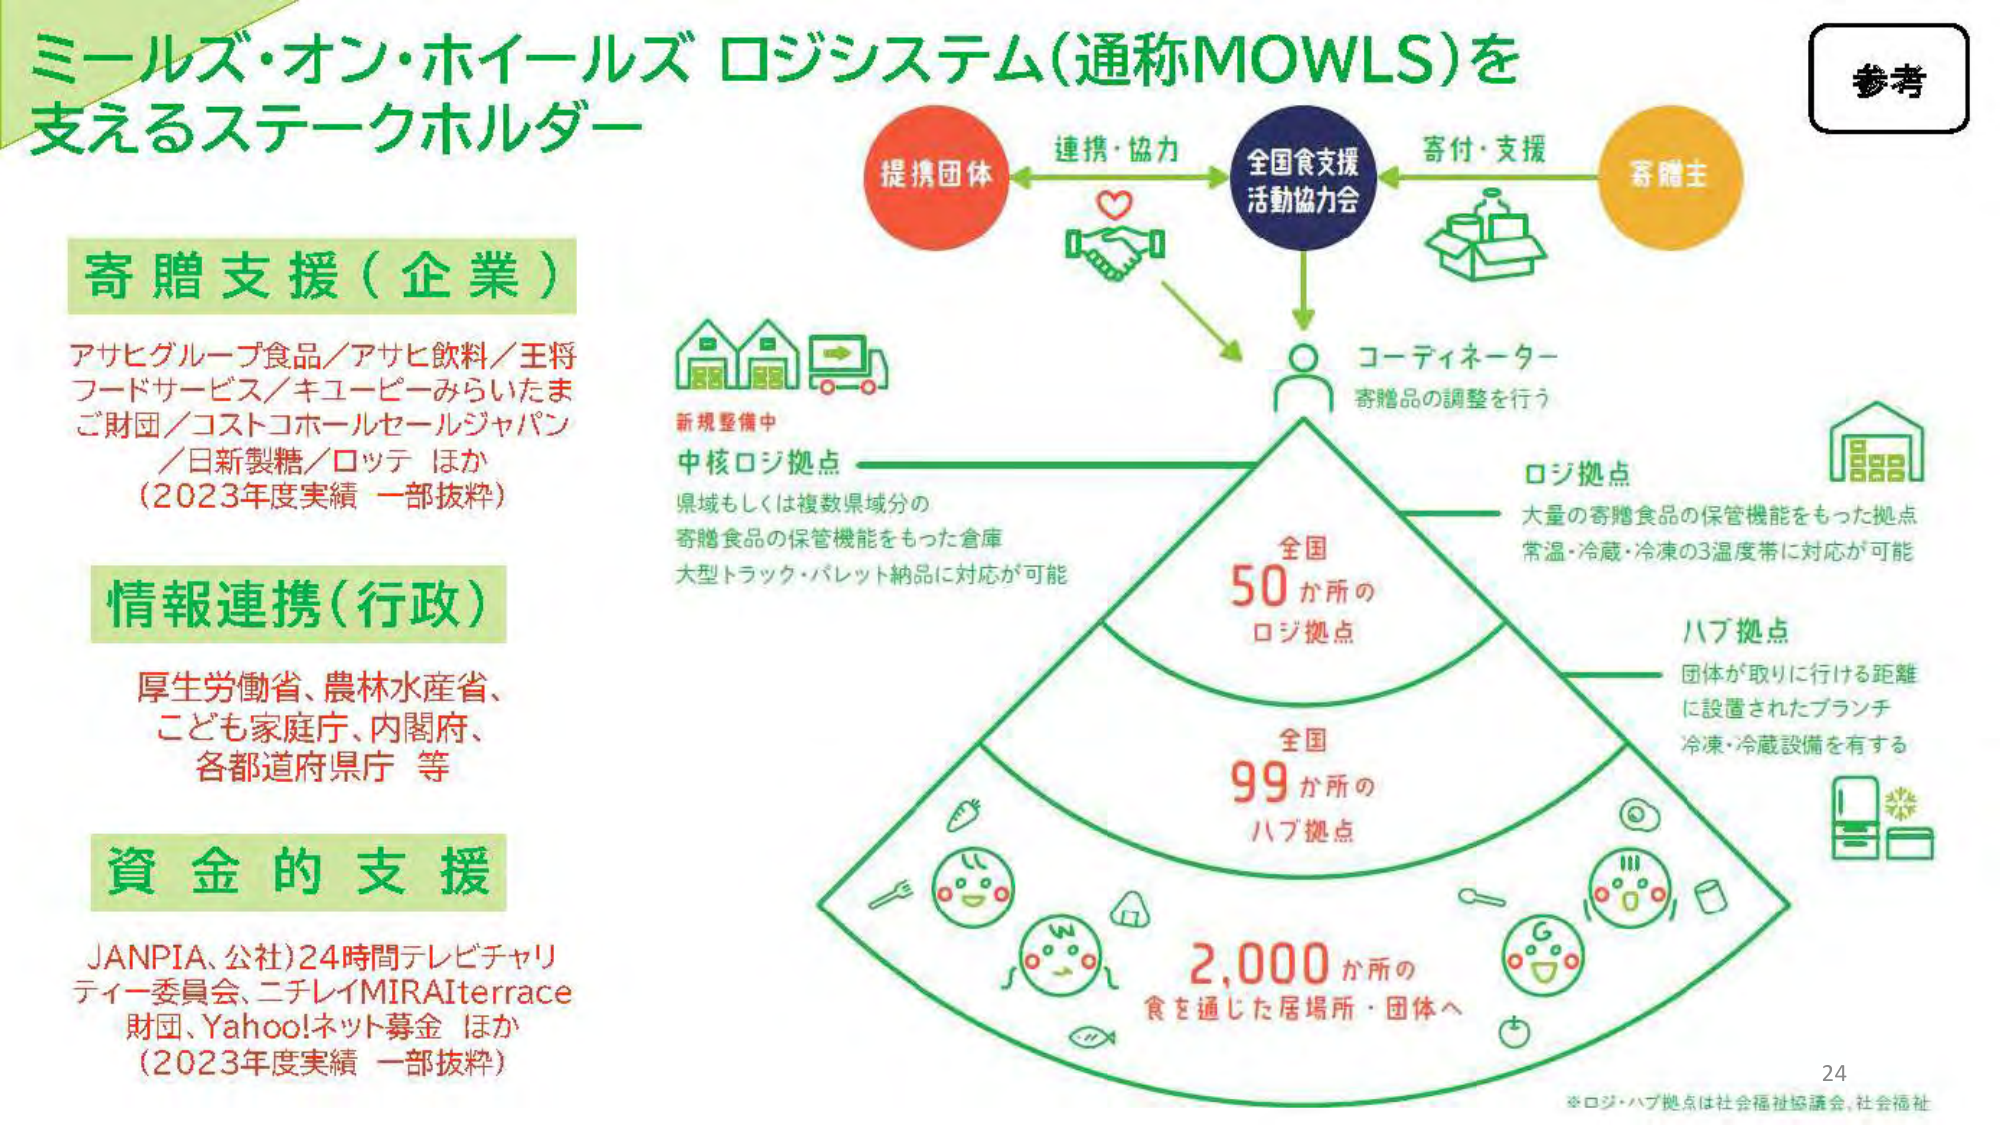
ミールズ・オン・ホイールズ ロジシステム（通称MOWLS）を
支えるステークホルダー

参考

寄贈支援（企業）
アサヒグループ食品／アサヒ飲料／王将
フードサービス／キユーピーみらいたま
ご財団／コストコホールセールジャパン
／日新製糖／ロッテ ほか
（2023年度実績 一部抜粋）

情報連携（行政）
厚生労働省、農林水産省、
こども家庭庁、内閣府、
各都道府県庁 等

資金的支援
JANPIA、公社）24時間テレビチャリ
ティー委員会、ニチレイMIRAiterrace
財団、Yahoo!ネット募金 ほか
（2023年度実績 一部抜粋）

提携団体
連携・協力
全国食支援
活動協会
寄付・支援
寄贈主

コーディネーター
寄贈品の調整を行う

新規整備中
中核ロジ拠点
県域もしくは複数県域分の
寄贈食品の保管機能をもった倉庫
大型トラック・パレット納品に対応が可能

全国
50か所の
ロジ拠点

ロジ拠点
大量の寄贈食品の保管機能をもった拠点
常温・冷蔵・冷凍の3温度帯に対応が可能

ハブ拠点
団体が取りに行ける距離
に設置されたブランチ
冷凍・冷蔵設備を有する

全国
99か所の
ハブ拠点

2,000か所の
食を通じた居場所・団体へ

※ロジ・ハブ拠点は社会福祉協議会、社会福祉

24